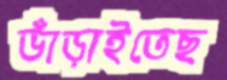
ভাঁড়াইতেছ